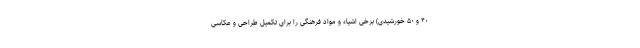
۴۰ و ۵۰ خورشیدی) برخی اشیاء و مواد فرهنگی را برای تکمیل طراحی و عکاسی